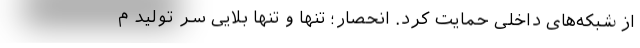
از شبکه‌های داخلی حمایت کرد. انحصار؛ تنها و تنها بلایی سر تولید م